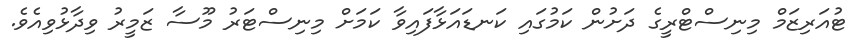
ޓުއަރިޒަމް މިނިސްޓްރީގެ ދަށުން ކަމުގައި ކަނޑައަޅާފައިވާ ކަމަށް މިނިސްޓަރު މޫސާ ޒަމީރު ވިދާޅުވިއެވެ.